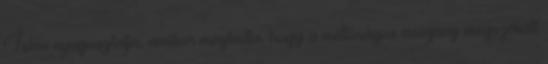
Isten nyugosztalja, amikor megtudta, hogy a méltóságos asszony megszökött